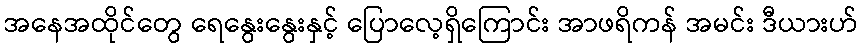
အနေအထိုင်တွေ ရေနွေးနွေးနှင့် ပြောလေ့ရှိကြောင်း အာဖရိကန် အမင်း ဒီယားဟ်